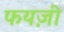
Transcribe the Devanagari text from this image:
फयज़ी